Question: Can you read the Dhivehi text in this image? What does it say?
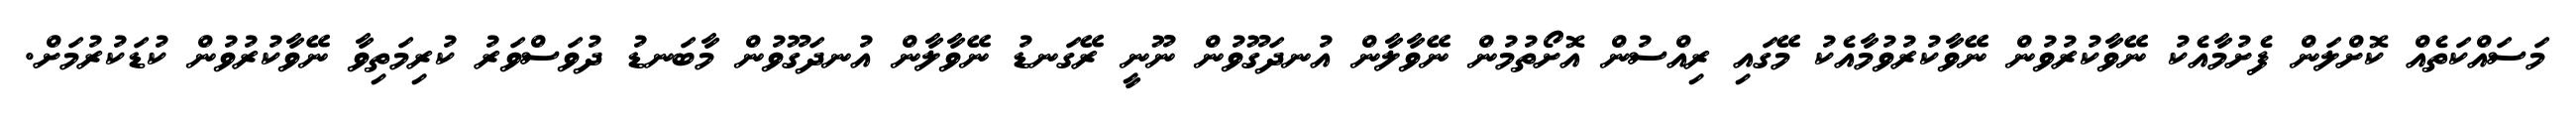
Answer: މަސައްކަތެއް ކޮށްލަން ފެށުމާއެކު ނޭވާކުރުވުން ނޭވާކުރުވުމާއެކު މޭގައި ރިއްސުން އޮށޯތުމުން ނޭވާލާން އުނދަގޫވުން ނޫނީ ރޭގަނޑު ނޭވާލާން އުނދަގޫވުން މާބަނޑު ދުވަސްވަރު ކުރިމަތިވާ ނޭވާކުރުވުން ކުޑަކުރުމަށް.